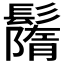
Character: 𩯚